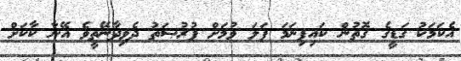
އެކަމަކު ގަޑީގެ ގޮތުން ކައިފިނަމަ ފަލަ ވުމަށް ފުރުޞަތު ދެވިދާނޭތީވެ އޭނާ ކާކަށް